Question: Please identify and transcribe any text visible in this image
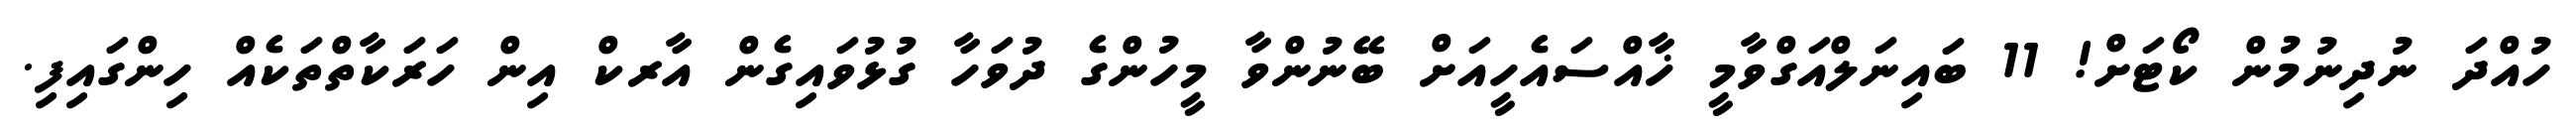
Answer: ހުއްދަ ނުދިނުމުން ކޯޓަށް! 11 ބައިނަލްއަގްވާމީ ޚާއްސައެހީއަށް ބޭނުންވާ މީހުންގެ ދުވަހާ ގުޅުވައިގެން އާރކް އިން ހަރަކާތްތަކެއް ހިންގައިފި.